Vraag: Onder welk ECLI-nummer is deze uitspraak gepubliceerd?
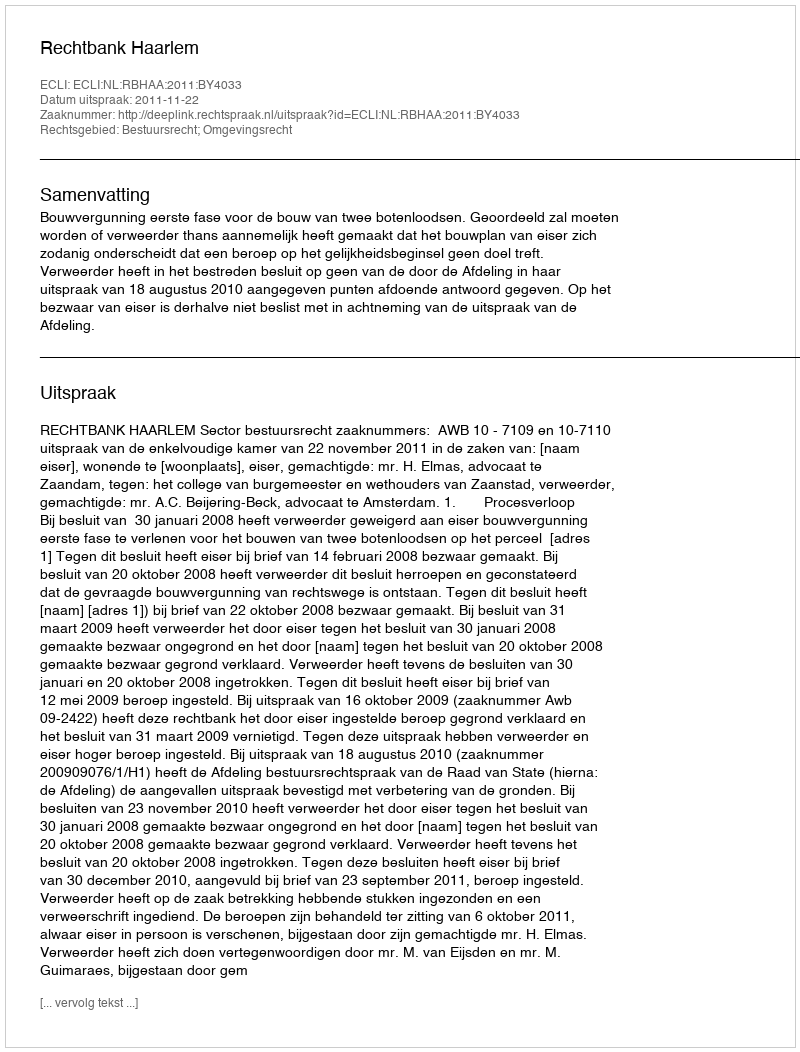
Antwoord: ECLI:NL:RBHAA:2011:BY4033